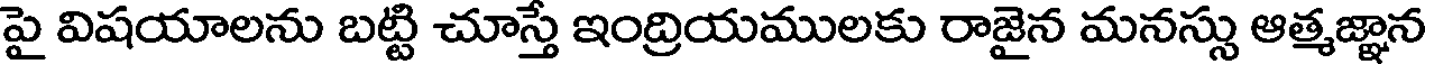
పై విషయాలను బట్టి చూస్తే ఇంద్రియములకు రాజైన మనస్సు ఆత్మజ్ఞాన